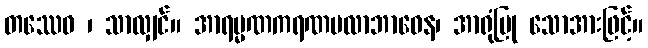
တဿေဝ ၊ သာလျှင်။ အာရမ္မဏကရဏမလာဘာဝေန၊ အာရုံပြု သောအားဖြင့်။